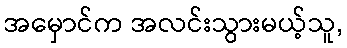
အမှောင်က အလင်းသွားမယ့်သူ,